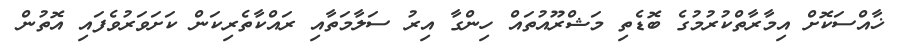
ޚާއްސަކޮށް އިމާރާތްކުރުމުގެ ބޮޑެތި މަޝްރޫއުތައް ހިންގާ އިރު ސަލާމަތާއި ރައްކާތެރިކަން ކަށަވަރުވެފައި އޮތުން